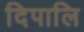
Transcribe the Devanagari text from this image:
दिपालि